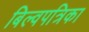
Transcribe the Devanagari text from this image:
बिल्वपत्रिका